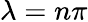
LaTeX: \lambda=n\pi